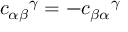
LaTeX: { c _ { \alpha \beta } } ^ { \gamma } = - { c _ { \beta \alpha } } ^ { \gamma }